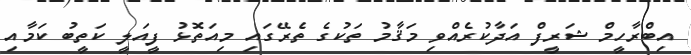
އިބްރާހީމް ޝަރީފް އަދާކުރެއްވި މަޤާމު ތަކުގެ ތެރޭގައި މިއަތޮޅު ފީއަލީ ކަތީބު ކަމާއި